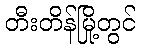
တီးတိန်မြို့တွင်